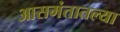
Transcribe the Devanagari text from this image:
आसमंतातल्या